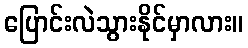
ပြောင်းလဲသွားနိုင်မှာလား။